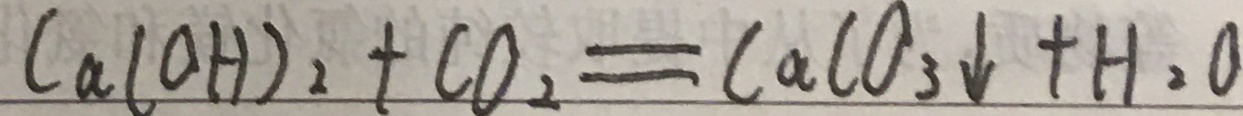
C a ( O H ) _ { 2 } + C O _ { 2 } = C a C O _ { 3 } \downarrow + H _ { 2 } O